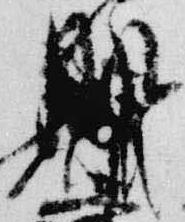
脈